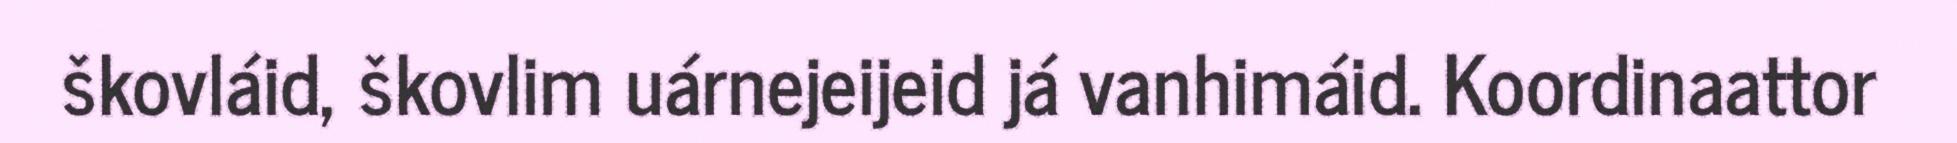
škovláid, škovlim uárnejeijeid já vanhimáid. Koordinaattor